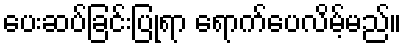
ပေးဆပ်ခြင်းပြုရာ ရောက်ပေလိမ့်မည်။